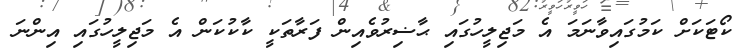
ކޯޓަކަށް ކަމުގައިވާނަމަ އެ މަޖިލީހުގައި ޙާޟިރުވެއިން ފަރާތަކީ ކާކުކަން އެ މަޖިލީހުގައި އިންނަ